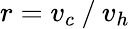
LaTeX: r=v_{c}⁄v_{h}